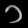
Digit: ၁